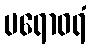
ပရောဝရံ